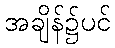
အချိန်၌ပင်